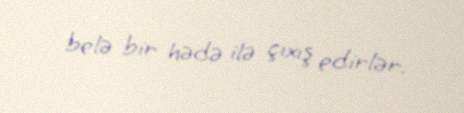
belə bir hədə ilə çıxış edirlər.